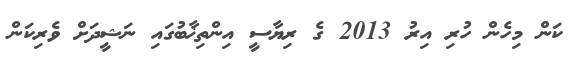
ކަން މިހެން ހުރި އިރު 2013 ގެ ރިޔާސީ އިންތިޚާބުގައި ނަޝީދަށް ވެރިކަން